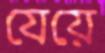
যেয়ে